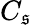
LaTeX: C_{\mathfrak{s}}